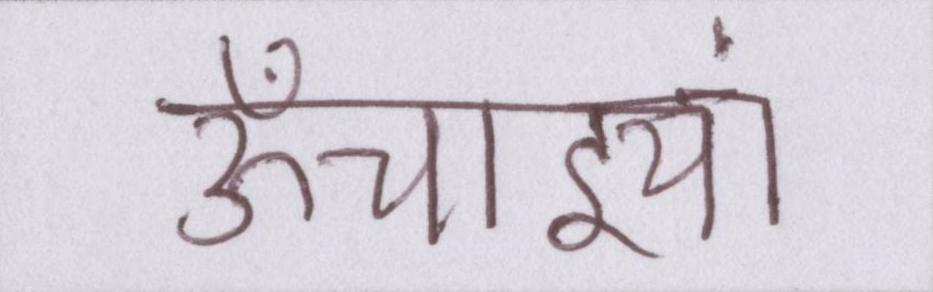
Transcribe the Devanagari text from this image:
ऊँचाइयां